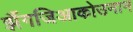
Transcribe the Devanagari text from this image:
झैंगजिआकोउनान